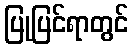
ပြုပြင်ရာတွင်